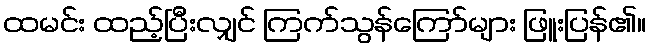
ထမင်း ထည့်ပြီးလျှင် ကြက်သွန်ကြော်များ ဖြူးပြန်၏။